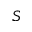
S